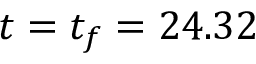
t = t _ { f } = 2 4 . 3 2